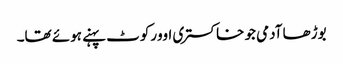
بوڑھا آدمی جو خاکستری اوورکوٹ پہنے ہوئے تھا۔